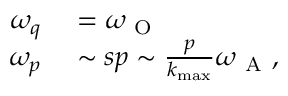
\begin{array} { r l } { \omega _ { q } } & { { } = \omega _ { \mathrm { ~ O ~ } } } \\ { \omega _ { p } } & { { } \sim s p \sim \frac { p } { k _ { \operatorname* { m a x } } } \omega _ { \mathrm { ~ A ~ } } , } \end{array}